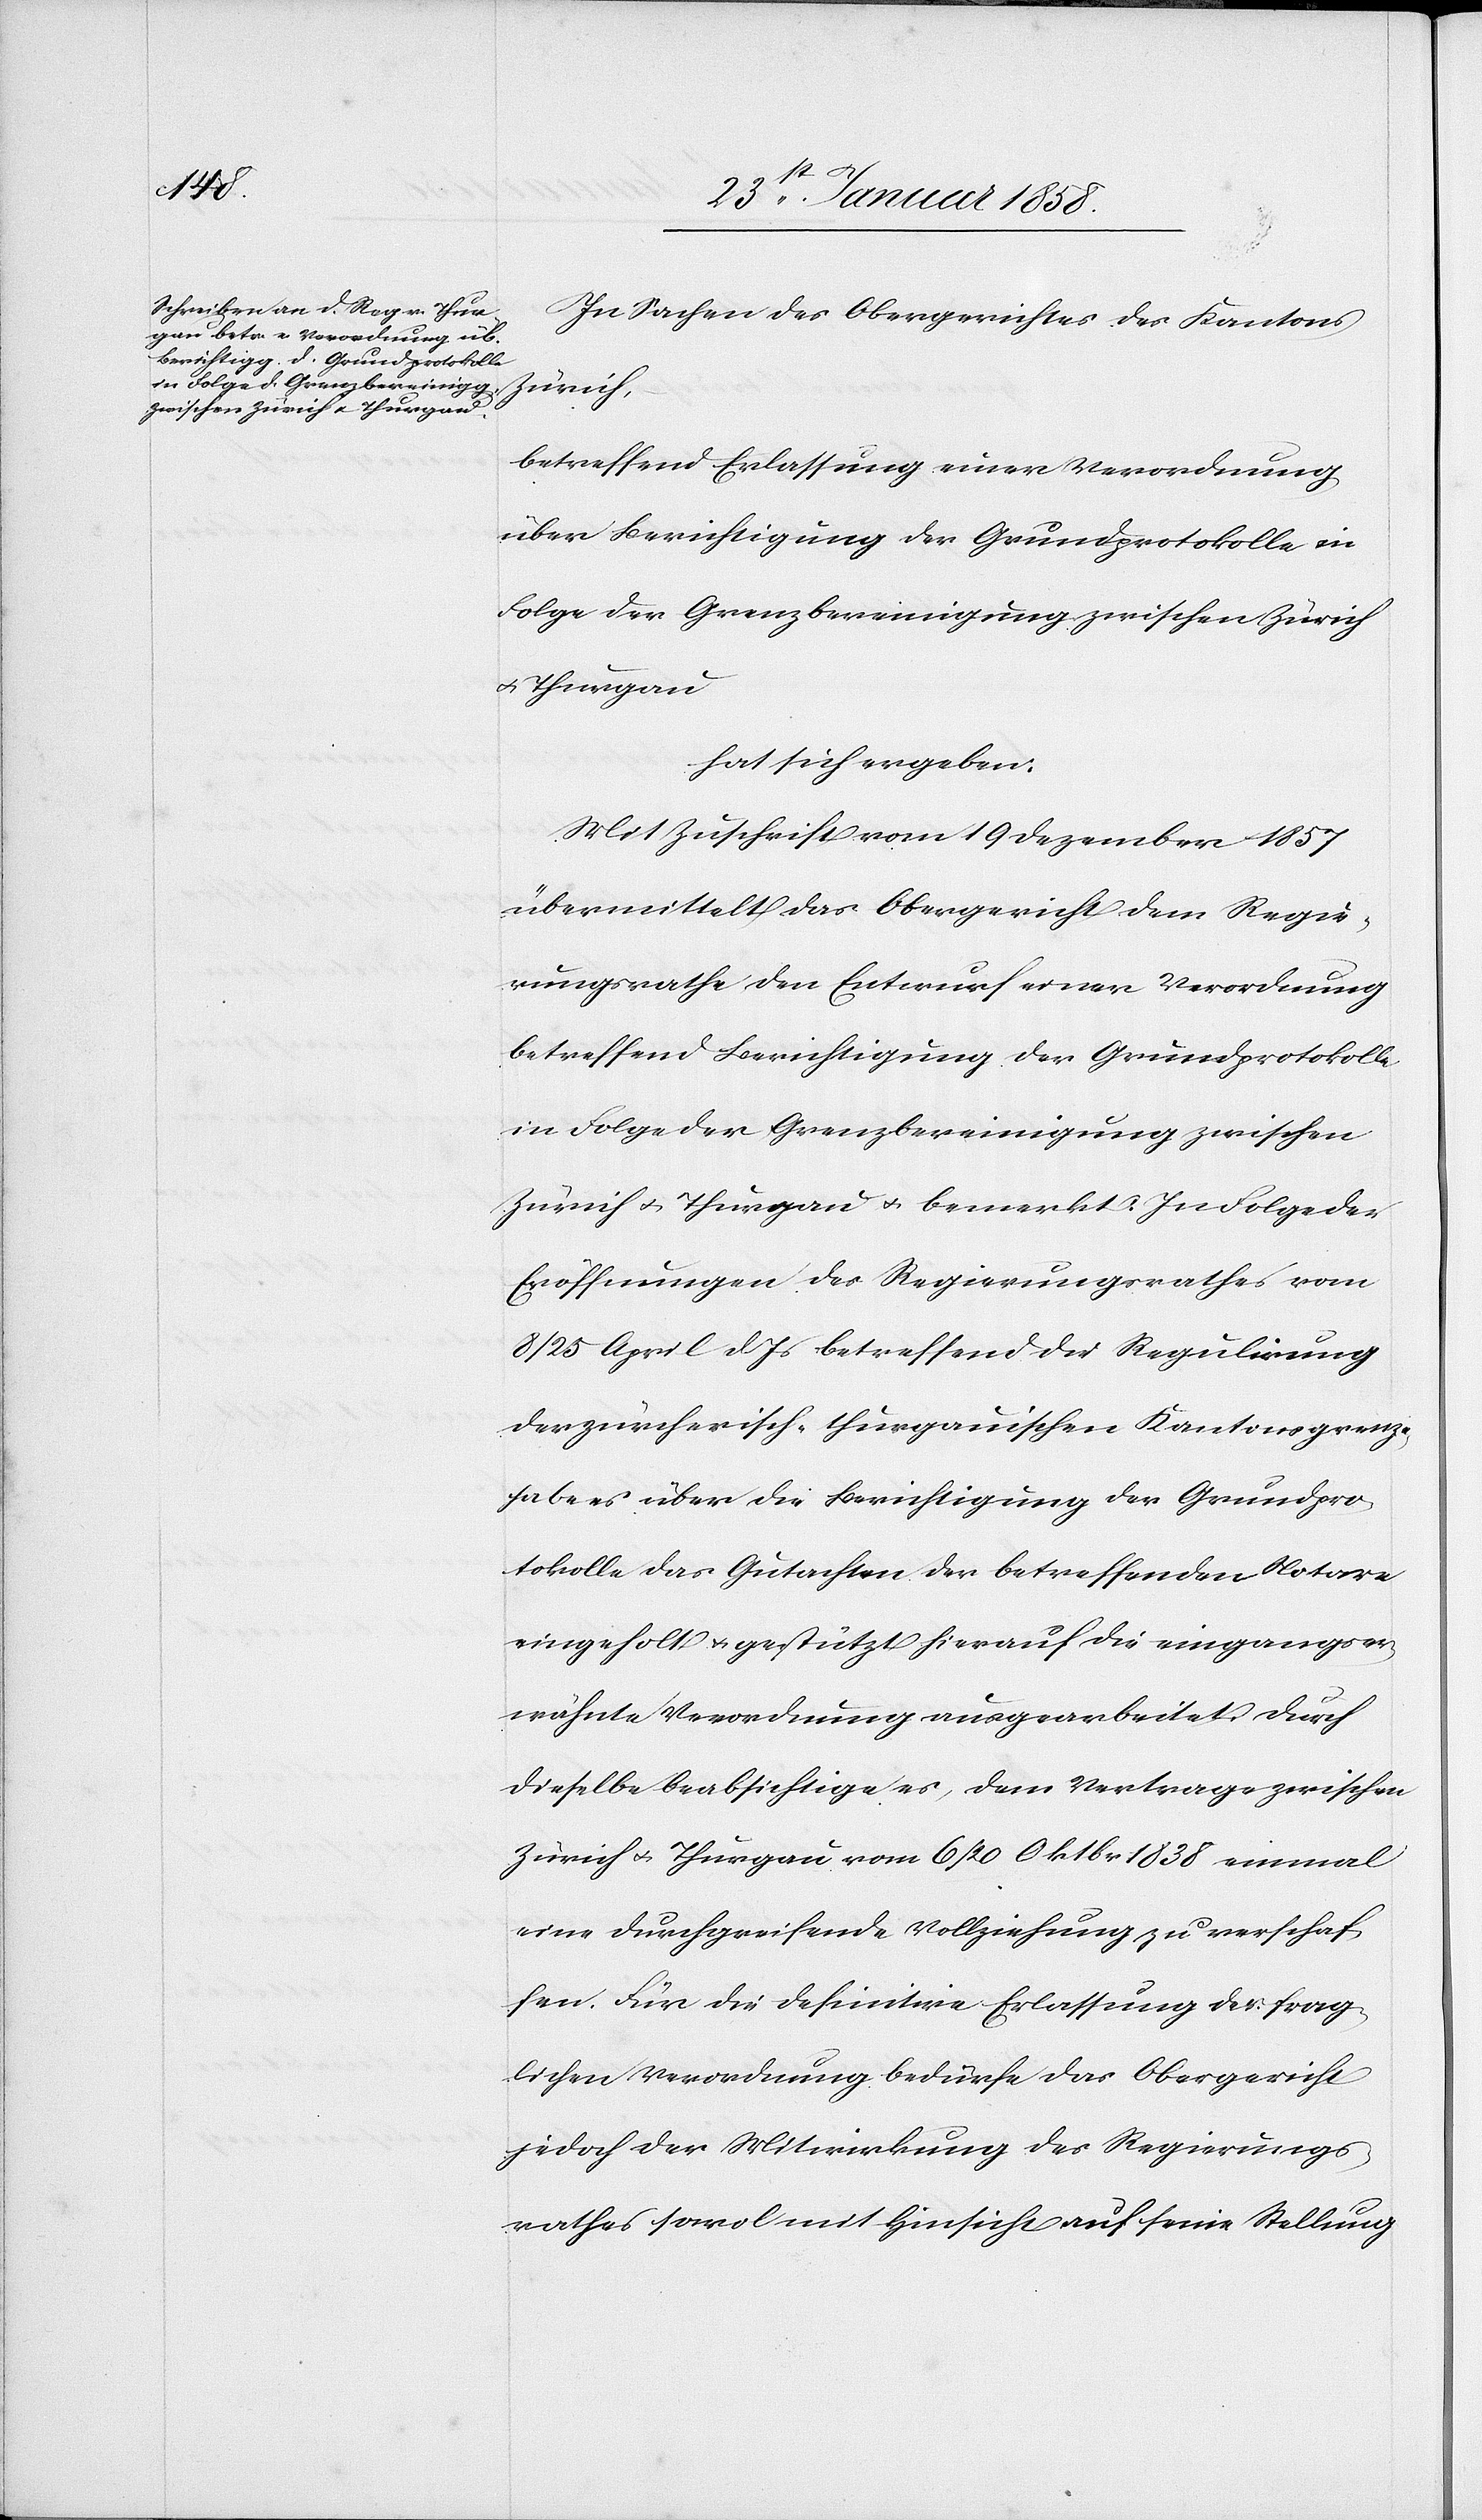
In Sachen des Obergerichtes des Kantons
Zürich,
betreffend Erlassung einer Verordnung
über Berichtigung der Grundprotokolle in
Folge der Grenzbereinigung zwischen Zürich
u. Thurgau
hat sich ergeben:
Mit Zuschrift vom 19 Dezember 1857
übermittelt das Obergericht dem Regie¬
rungsrathe den Entwurf einer Verordnung
betreffend Berichtigung der Grundprotokolle
in Folge der Grenzbereinigung zwischen
Zürich u. Thurgau u. bemerkt: In Folge der
Eröffnungen des Regierungsrathes vom
8/25 April d Js betreffend die Regulirung
der zürcherisch-thurgauischen Kantonsgrenze
habe es über die Berichtigung der Grundpro¬
tokolle das Gutachten der betreffenden Notare
eingeholt u. gestützt hierauf die eingangser¬
wähnte Verordnung ausgearbeitet. Durch
dieselbe beabsichtige es, dem Vertrage zwischen
Zürich u. Thurgau vom 6/20 Oktbr. 1838 einmal
eine durchgreifende Vollziehung zu verschaf¬
fen. Für die definitive Erlassung der frag¬
lichen Verordnung bedürfe das Obergericht
jedoch der Mitwirkung des Regierungs¬
rathes sowol mit Hinsicht auf seine Stellung